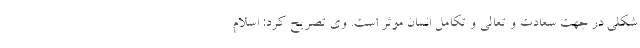
شکلی در جهت سعادت و تعالی و تکامل انسان موثر است. وی تصریح کرد: اسلام